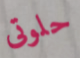
حلوتى